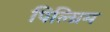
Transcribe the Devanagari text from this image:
पिल्ग्रिम